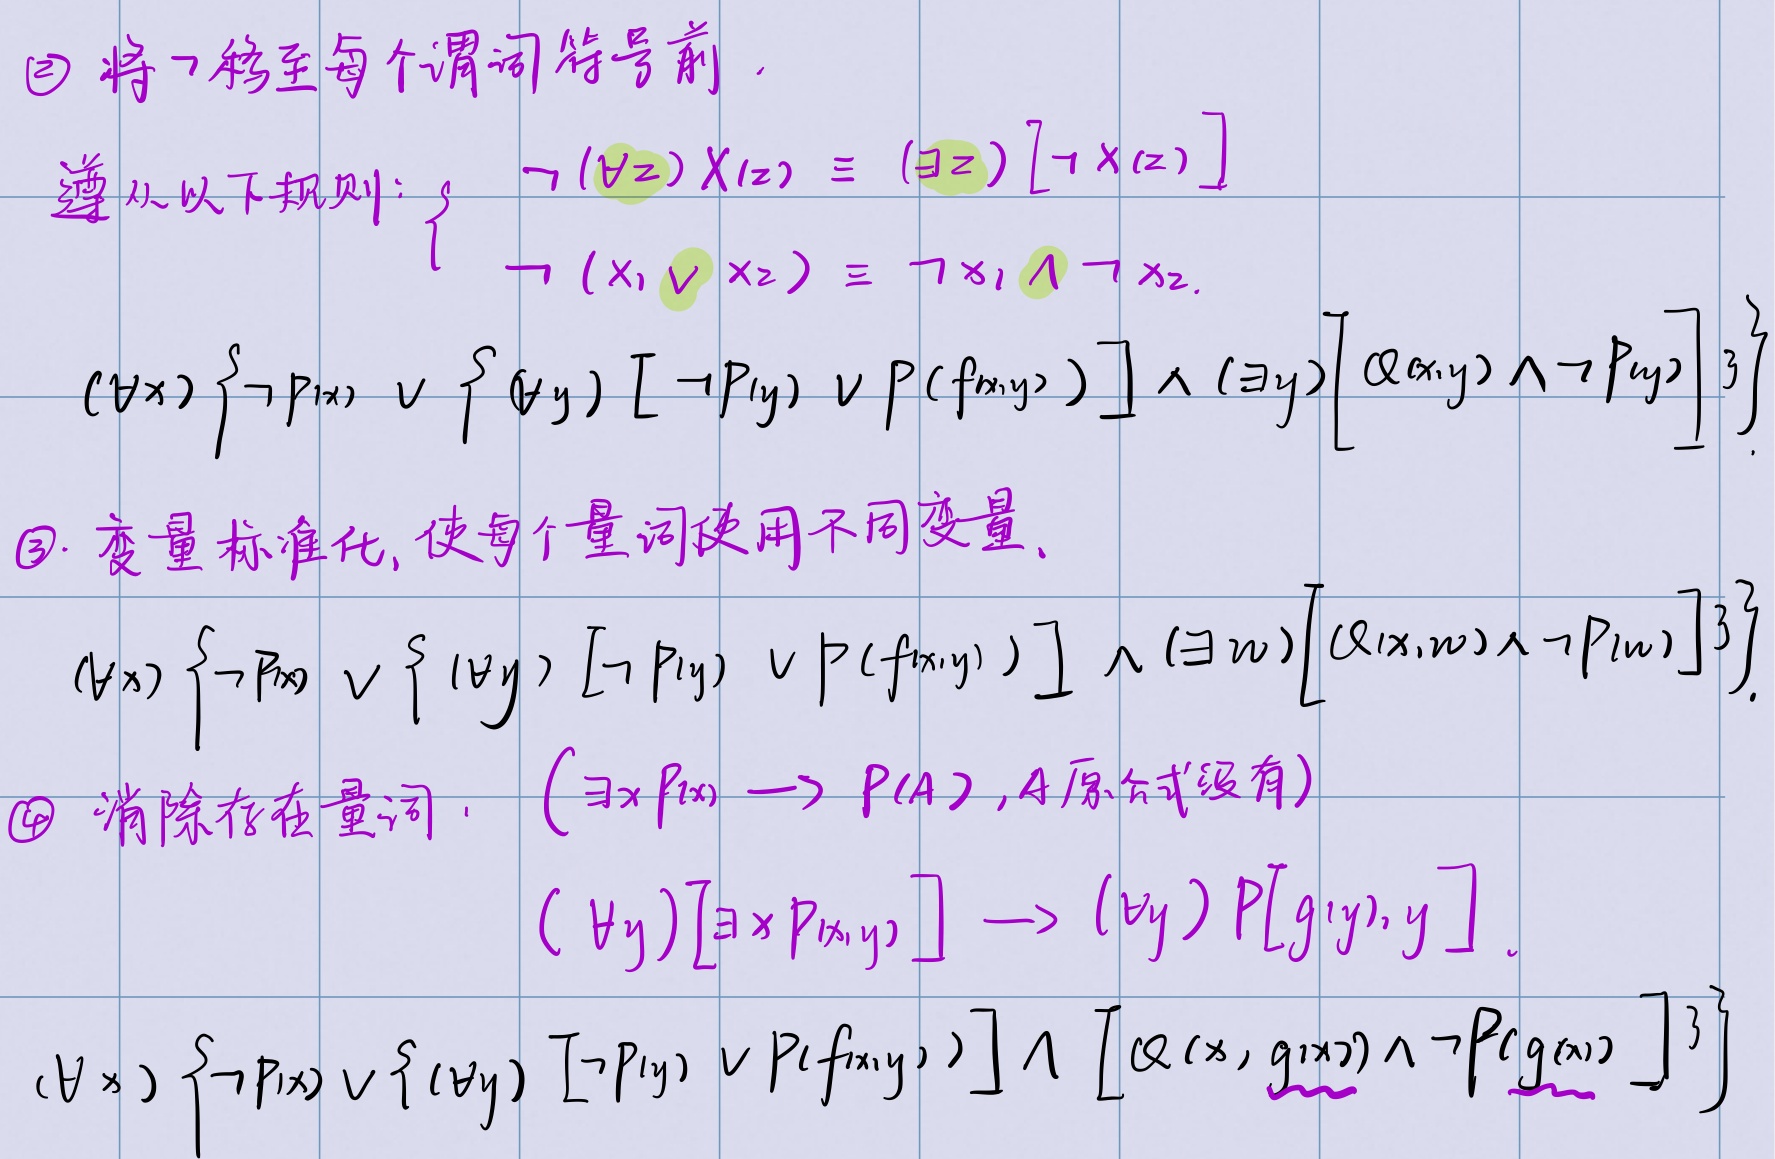
\textcircled{2} 将$\neg$移至每个谓词符号前。遵从以下规则： $\begin{cases}\neg (\forall z) X(z) \equiv (\exists z)[\neg X(z)]\\\neg (x_1 \vee x_2) \equiv \neg x_1 \wedge \neg x_2\end{cases}$
$(\forall x) \left\{ \neg P(x) \vee \left\{ (\forall y)[\neg P(y) \vee P(f(x,y))] \wedge (\exists y)[Q(x,y) \wedge \neg P(y)] \right\} \right\}$

\textcircled{3} 变量标准化，使每个量词使用不同变量。
$(\forall x) \left\{ \neg P(x) \vee \left\{ (\forall y)[\neg P(y) \vee P(f(x,y))] \wedge (\exists w)[Q(x,w) \wedge \neg P(w)] \right\} \right\}$

\textcircled{4} 消除存在量词。 $(\exists x P(x)) \longrightarrow P(A), A\text{（原式没有）}$
$(\forall y)[\exists x P(x,y)] \longrightarrow (\forall y)P[g(y),y]$
$(\forall x) \left\{ \neg P(x) \vee \left\{ (\forall y)[\neg P(y) \vee P(f(x,y))] \wedge [Q(x, g(x)) \wedge \neg P(g(x))] \right\} \right\}$